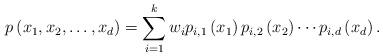
LaTeX: \begin{align*} p \left(x_1,x_2,\ldots,x_d\right) = \sum_{i=1}^k w_i p_{i,1}\left(x_1\right)p_{i,2}\left(x_2\right) \cdots p_{i,d}\left(x_d\right).\end{align*}